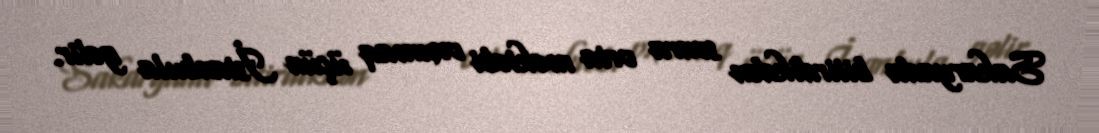
Sakaryada bitirdikdən sonra orta məktəbi oxumaq üçün İstanbula gəlir.